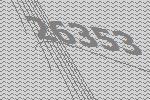
26353